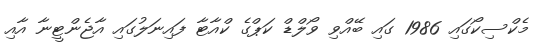
މެކްސިކޯގައި 1986 ގައި ބޭއްވި ވޯލްޑް ކަޕްގެ ކްއާޓާ ފައިނަލުގައި އާޖެންޓީނާ އާއި